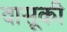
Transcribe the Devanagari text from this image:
वासूकी